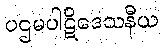
ပဌမပါဋိဒေသနီယ